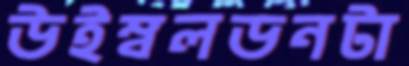
উইম্বলডনটা